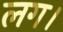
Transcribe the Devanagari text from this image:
लग।